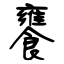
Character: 饔